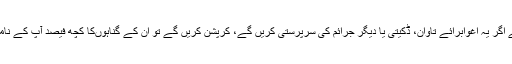
آپ کی مہیا کردہ طاقت سے اگر یہ اغوابرائے تاوان، ڈکیتی یا دیگر جرائم کی سرپرستی کریں گے، کرپشن کریں گے تو ان کے گناہوںکا کچھ فیصد آپ کے نامہ اعمال میں بھی جائے گا ۔